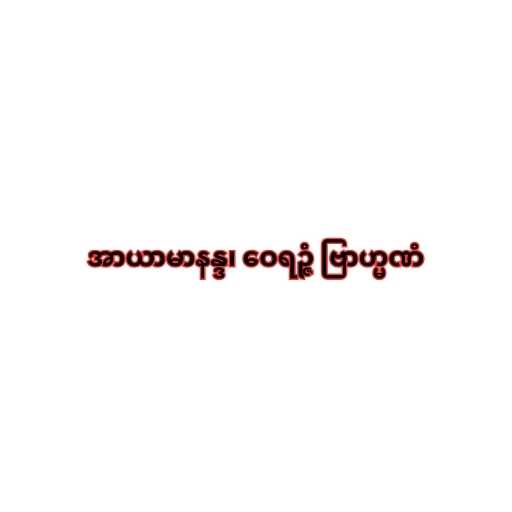
အာယာမာနန္ဒ၊ ဝေရဉ္ဇံ ဗြာဟ္မဏံ